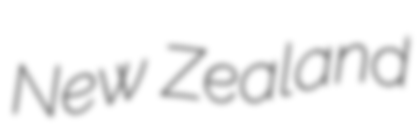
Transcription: New Zealand